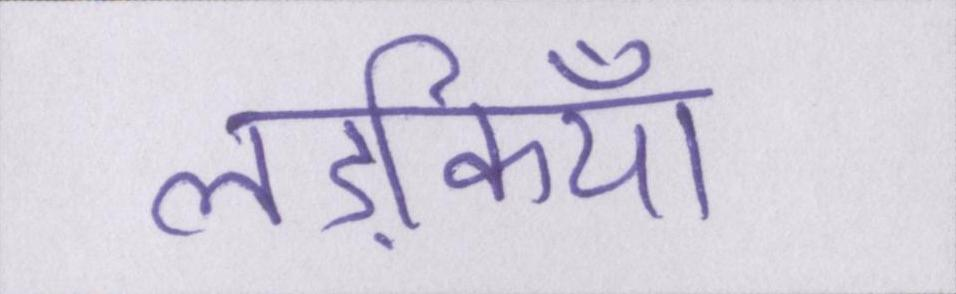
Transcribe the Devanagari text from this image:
लड़कियाँ